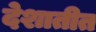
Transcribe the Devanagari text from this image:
देशातीत